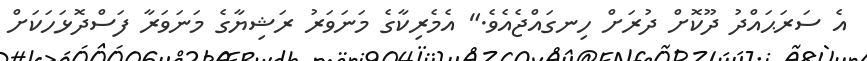
އެ ސަރަޙައްދު ދޫކޮށް ދުރަށް ހިނގައްޖެއެވެ." އެމެރިކާގެ މަނަވަރު ރަޝިޔާގެ މަނަވަރާ ފަސްދޮޅަހަކަށް